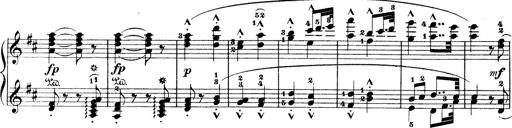
Title: Wagner-Liszt Album
Composer: Franz Liszt